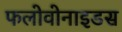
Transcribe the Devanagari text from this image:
फलोवोनाइडस